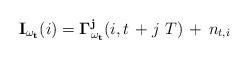
LaTeX: \begin{align*} \mathbf{I_{\omega_t}}(i) = \mathbf{\Gamma_{\omega_t}^j}(i, t \, + j \, \, T) \, + \, n_{t, i}\end{align*}